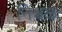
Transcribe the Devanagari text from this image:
निश्चळ